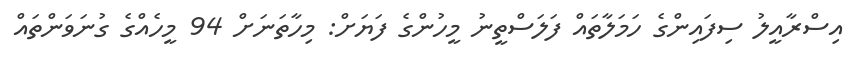
އިސްރާއީލު ސިފައިންގެ ހަމަލާތައް ފަލަސްތީނު މީހުންގެ ފަޔަށް: މިހާތަނަށް 94 މީހެއްގެ ގުނަވަންތައް